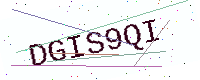
Text: DGIS9QI